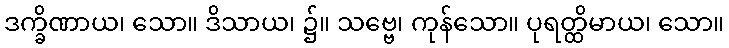
ဒက္ခိဏာယ၊ သော။ ဒိသာယ၊ ၌။ သဗ္ဗေ၊ ကုန်သော။ ပုရတ္ထိမာယ၊ သော။